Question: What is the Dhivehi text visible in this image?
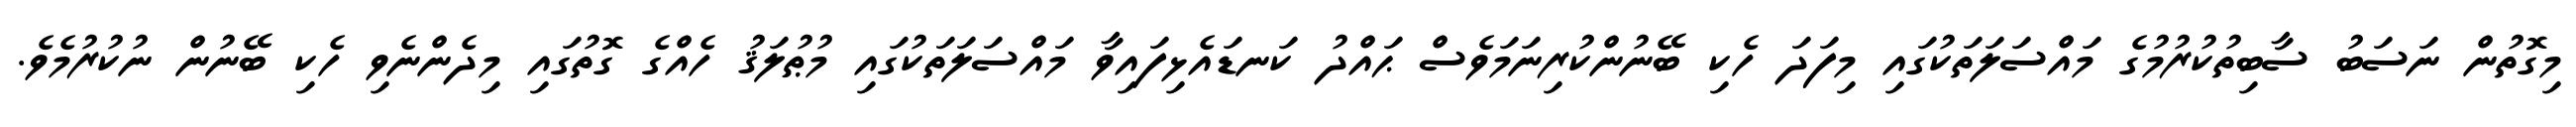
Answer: މިގޮތުން ނަސަބު ސާބިތުކުރުމުގެ މައްސަލަތަކުގައި މިފަދަ ހެކި ބޭނުންކުރިނަމަވެސް ޙައްދު ކަނޑައެޅިފައިވާ މައްސަލަތަކުގައި މުޠުލަޤު ހެއްގެ ގޮތުގައި މިދެންނެވި ހެކި ބޭނުން ނުކުރުމެވެ.